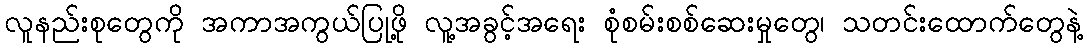
လူနည်းစုတွေကို အကာအကွယ်ပြုဖို့ လူ့အခွင့်အရေး စုံစမ်းစစ်ဆေးမှုတွေ၊ သတင်းထောက်တွေနဲ့